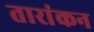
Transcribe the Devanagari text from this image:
तारांकन